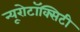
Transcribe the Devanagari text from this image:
न्यूरोटॉक्सिटी